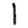
Digit: 1